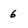
Character: 6